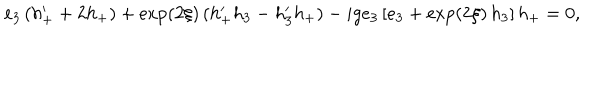
e _ { 3 } \, ( h _ { + } ^ { \prime } + 2 h _ { + } ) + \exp ( 2 \xi ) \, ( h _ { + } ^ { \prime } h _ { 3 } - h _ { 3 } ^ { \prime } h _ { + } ) - i g e _ { 3 } \, [ e _ { 3 } + \exp ( 2 \xi ) \, h _ { 3 } ] \, h _ { + } = 0 ,